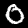
Label: 0